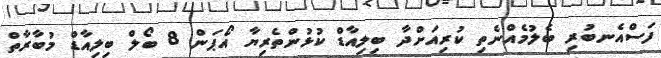
ފަސްއެނބުރި ބެލުމެއްނެތި ކުރިއަށްދާ ބިލިއާޑް ކުޅުންތެރިޔާ އޯޕަން 8 ބޯލް ބިލިއާޑް މުބާރާތް